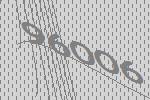
96006